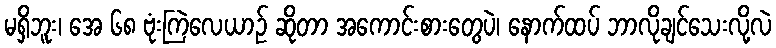
မရှိဘူး၊ အေ ၆၈ ဗုံးကြဲလေယာဉ် ဆိုတာ အကောင်းစားတွေပဲ၊ နောက်ထပ် ဘာလိုချင်သေးလို့လဲ